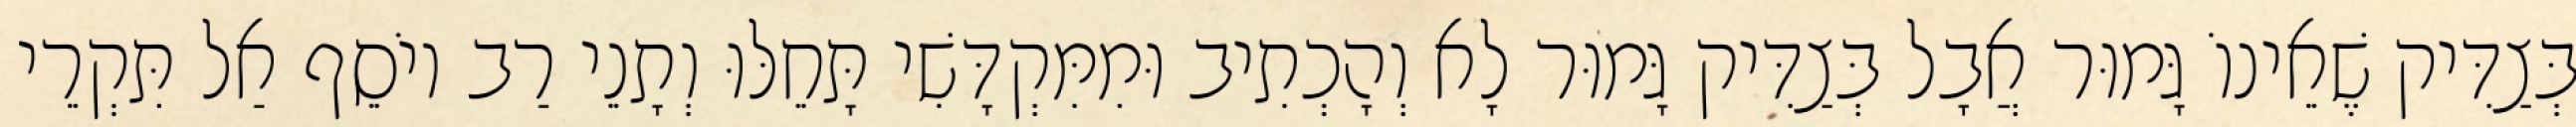
בְּצַדִּיק שֶׁאֵינוֹ גָּמוּר אֲבָל בְּצַדִּיק גָּמוּר לָא וְהָכְתִיב וּמִמִּקְדָּשִׁי תָּחֵלּוּ וְתָנֵי רַב יוֹסֵף אַל תִּקְרֵי